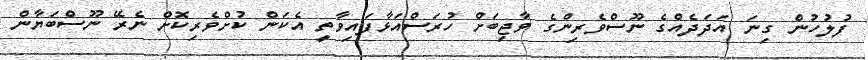
ފުލުހުން ގިނަ އަދަދެއްގެ ނޫސްވެރިންގެ ވާޖިބަށް ހުރަސްއަޅާފައިވާތީ އެކަން ކުށްވެރިކޮށް ނެރޭ ނޫސްބަޔާން